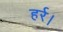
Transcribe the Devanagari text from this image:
हर्र।